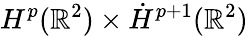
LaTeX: H^{p}(\mathbb{R}^{2})\times\dot{H}^{p+1}(\mathbb{R}^{2})